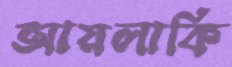
আয়লাকি